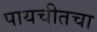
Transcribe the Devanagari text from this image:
पायचीतचा